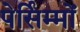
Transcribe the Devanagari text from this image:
पेर्सिम्मों